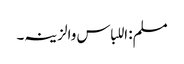
مسلم: اللباس والزینہ۔